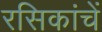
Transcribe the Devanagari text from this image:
रसिकांचें